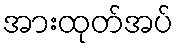
အားထုတ်အပ်